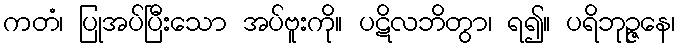
ကတံ၊ ပြုအပ်ပြီးသော အပ်ဗူးကို။ ပဋိလဘိတွာ၊ ရ၍။ ပရိဘုဉ္ဇနေ၊